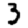
Digit: 3